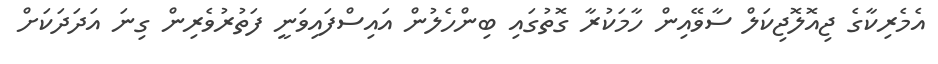
އެމެރިކާގެ ޖިއޮލޮޖިކަލް ސާވޭއިން ހާމަކުރާ ގޮތުގައި ބިންހެލުން އައިސްފައިވަނީ ފަތުރުވެރިން ގިނަ އަދަދަކަށް